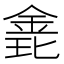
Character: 𨦊